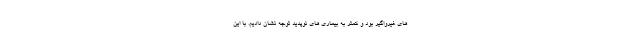
های غیرواگیر بود و کمتر به بیماری های نوپدید توجه نشان دادیم. با این